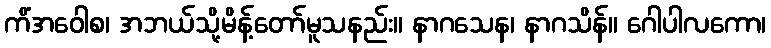
ကိံအဝေါစ၊ အဘယ်သို့မိန့်တော်မူသနည်း။ နာဂသေန၊ နာဂသိန်။ ဂေါပါလကော၊